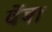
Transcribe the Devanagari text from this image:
वेंबा